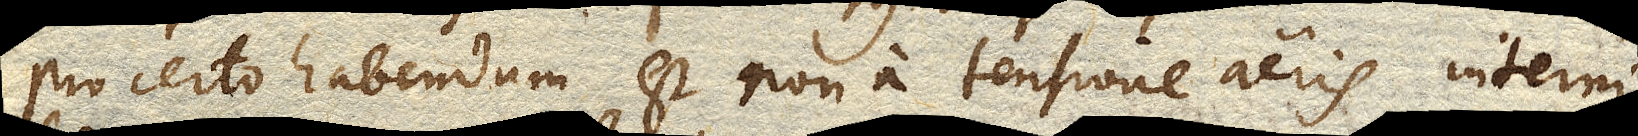
pro certo habendum est non a tensione aeris interni,